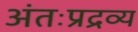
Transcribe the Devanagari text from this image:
अंतःप्रद्रव्य